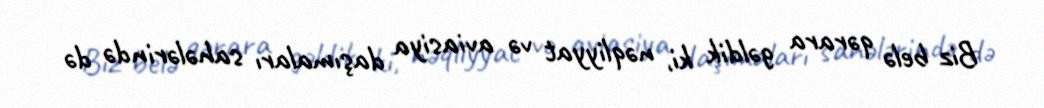
Biz belə qərara gəldik ki, nəqliyyat və aviasiya daşımaları sahələrində də